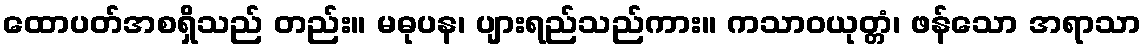
ထောပတ်အစရှိသည် တည်း။ မဓုပန၊ ပျားရည်သည်ကား။ ကသာဝယုတ္တံ၊ ဖန်သော အရာသာ